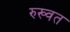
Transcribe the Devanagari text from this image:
रुख्वत